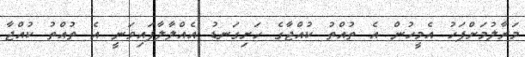
މަރާލުމަށްފަހު އެމީހުން އެ ތުއްތު ކުއްޖާގެ ހަށިގަނޑު އެއްލާލާފައިވަނީ އެ ތުއްތު ކުއްޖާ